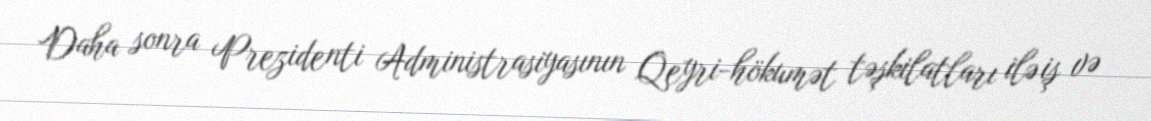
Daha sonra Prezidenti Administrasiyasının Qeyri-hökumət təşkilatları ilə iş və